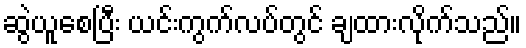
ဆွဲယူစေပြီး ယင်းကွက်လပ်တွင် ချထားလိုက်သည်။